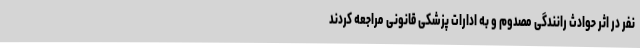
نفر در اثر حوادث رانندگی مصدوم و به ادارات پزشکی قانونی مراجعه کردند